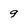
Character: 9